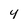
Character: y